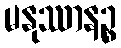
မနုဿာနဉ္စ